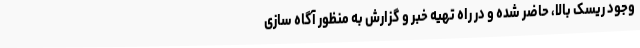
وجود ریسک بالا، حاضر شده و در راه تهیه خبر و گزارش به منظور آگاه سازی